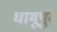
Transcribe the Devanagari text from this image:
धामूपुर